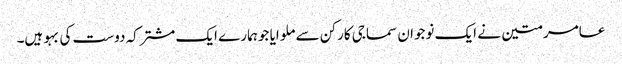
عامر متین نے ایک نوجوان سماجی کارکن سے ملوایا جو ہمارے ایک مشترکہ دوست کی بہو ہیں۔